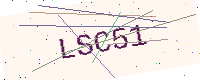
Text: LSC51